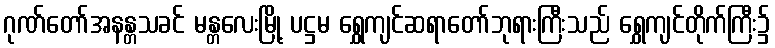
ဂုဏ်တော်အနန္တသခင် မန္တလေးမြို့ ပဋ္ဌမ ရွှေကျင်ဆရာတော်ဘုရားကြီးသည် ရွှေကျင်တိုက်ကြီး၌